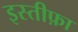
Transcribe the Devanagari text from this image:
इस्‍तीफ़ा